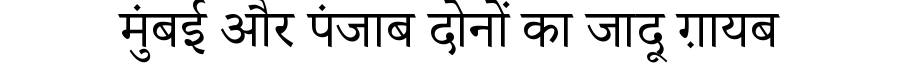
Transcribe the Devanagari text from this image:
मुंबई और पंजाब दोनों का जादू ग़ायब